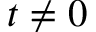
t \neq 0